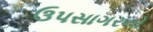
ઉપસાગરનો